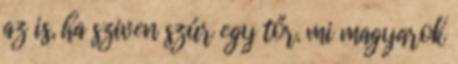
az is, ha sziven szúr egy tőr. mi magyarok